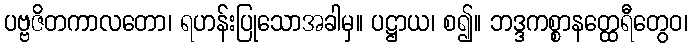
ပဗ္ဗဇိတကာလတော၊ ရဟန်းပြုသောအခါမှ။ ပဋ္ဌာယ၊ စ၍။ ဘဒ္ဒကစ္စာနတ္ထေရီတွေဝ၊